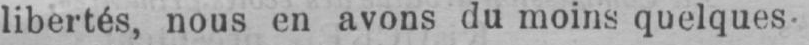
libertés, nous en avons du moins quelques-